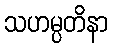
သဟမ္ပတိနာ